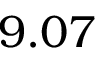
9 . 0 7